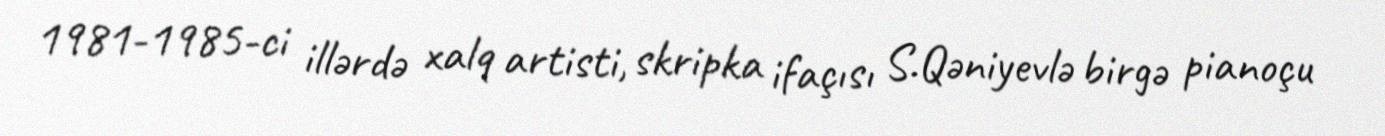
1981-1985-ci illərdə xalq artisti, skripka ifaçısı S.Qəniyevlə birgə pianoçu